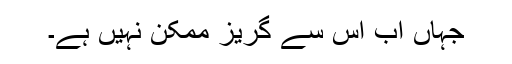
جہاں اب اس سے گریز ممکن نہیں ہے۔